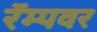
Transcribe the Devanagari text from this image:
रॅम्पवर